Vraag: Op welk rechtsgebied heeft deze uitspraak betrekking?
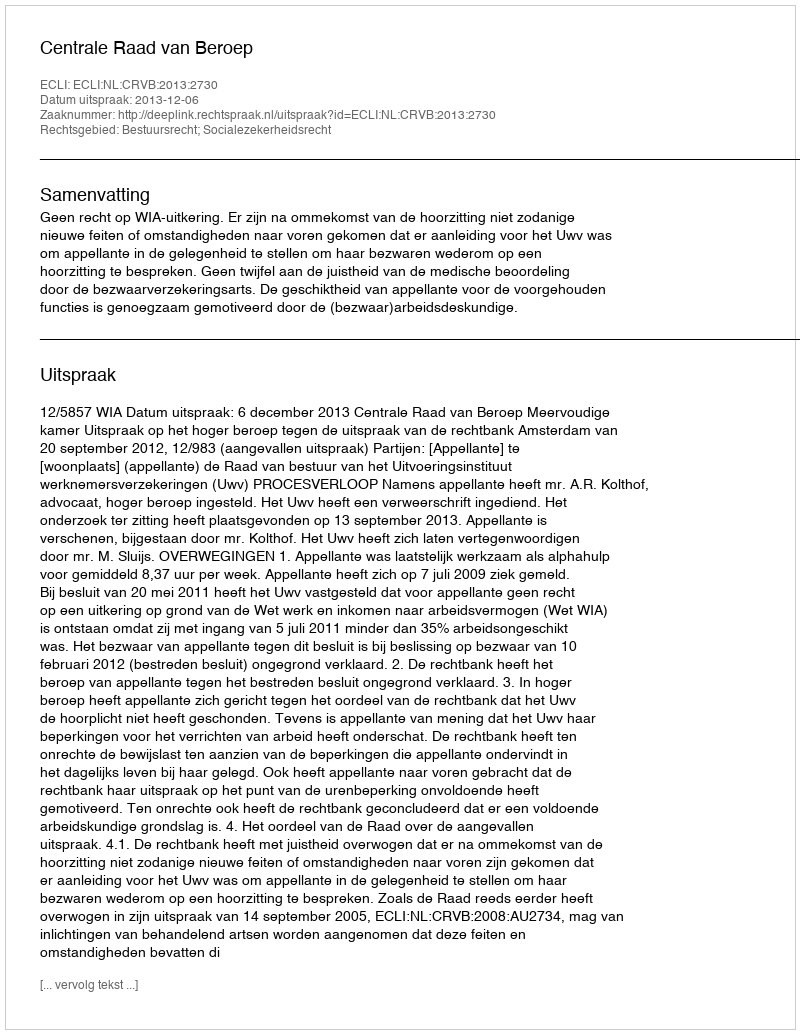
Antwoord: Bestuursrecht; Socialezekerheidsrecht